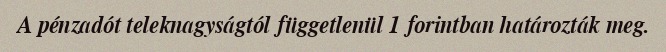
A pénzadót teleknagyságtól függetlenül 1 forintban határozták meg.